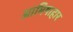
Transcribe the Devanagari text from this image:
आमिषाहार